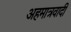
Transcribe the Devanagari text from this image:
अहमात्रवादी